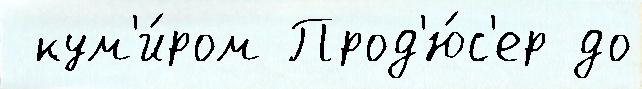
 кум'и́ром Прод'ю́с'ер до